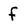
Character: f